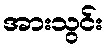
အားသွင်း